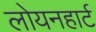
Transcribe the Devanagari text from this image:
लोयनहार्ट